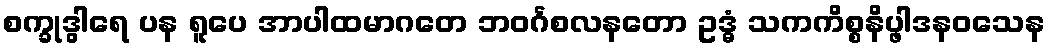
စက္ခုဒွါရေ ပန ရူပေ အာပါထမာဂတေ ဘဝင်္ဂစလနတော ဥဒ္ဓံ သကကိစ္စနိပ္ဖါဒနဝသေန